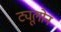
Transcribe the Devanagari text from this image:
ट्यूलोन